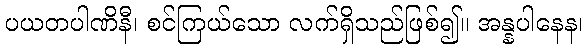
ပယတပါဏိနီ၊ စင်ကြယ်သော လက်ရှိသည်ဖြစ်၍။ အန္နပါနေန၊